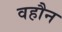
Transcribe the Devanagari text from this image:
वहौन